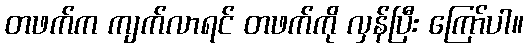
တဖက်က ကျက်လာရင် တဖက်ကို လှန်ပြီး ကြော်ပါ။